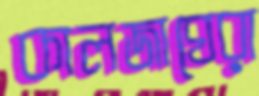
কালজাঘেরা